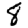
Digit: 8